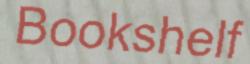
Bookshelf